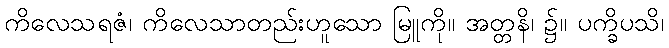
ကိလေသရဇံ၊ ကိလေသာတည်းဟူသော မြူကို။ အတ္တနိ၊ ၌။ ပက္ခိပသိ၊